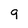
Character: 9